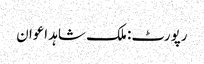
رپورٹ: ملک شاہد اعوان